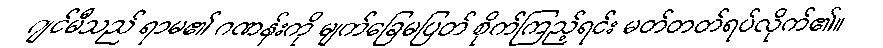
ဂျင်မီသည် ရာမ၏ ဂဏန်းကို မျက်ခြေမပြတ် စိုက်ကြည့်ရင်း မတ်တတ်ရပ်လိုက်၏။